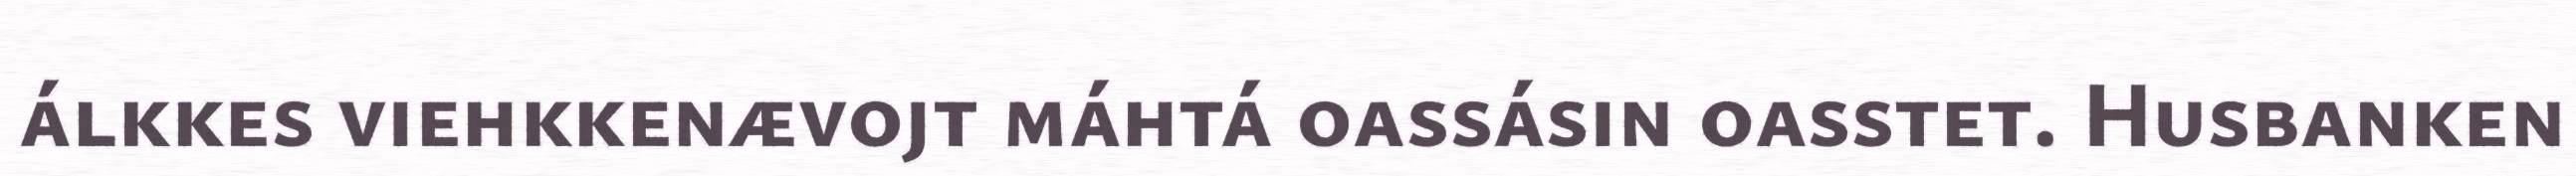
álkkes viehkkenævojt máhtá oassásin oasstet. Husbanken